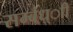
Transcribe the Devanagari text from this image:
सम्बंध्ाी